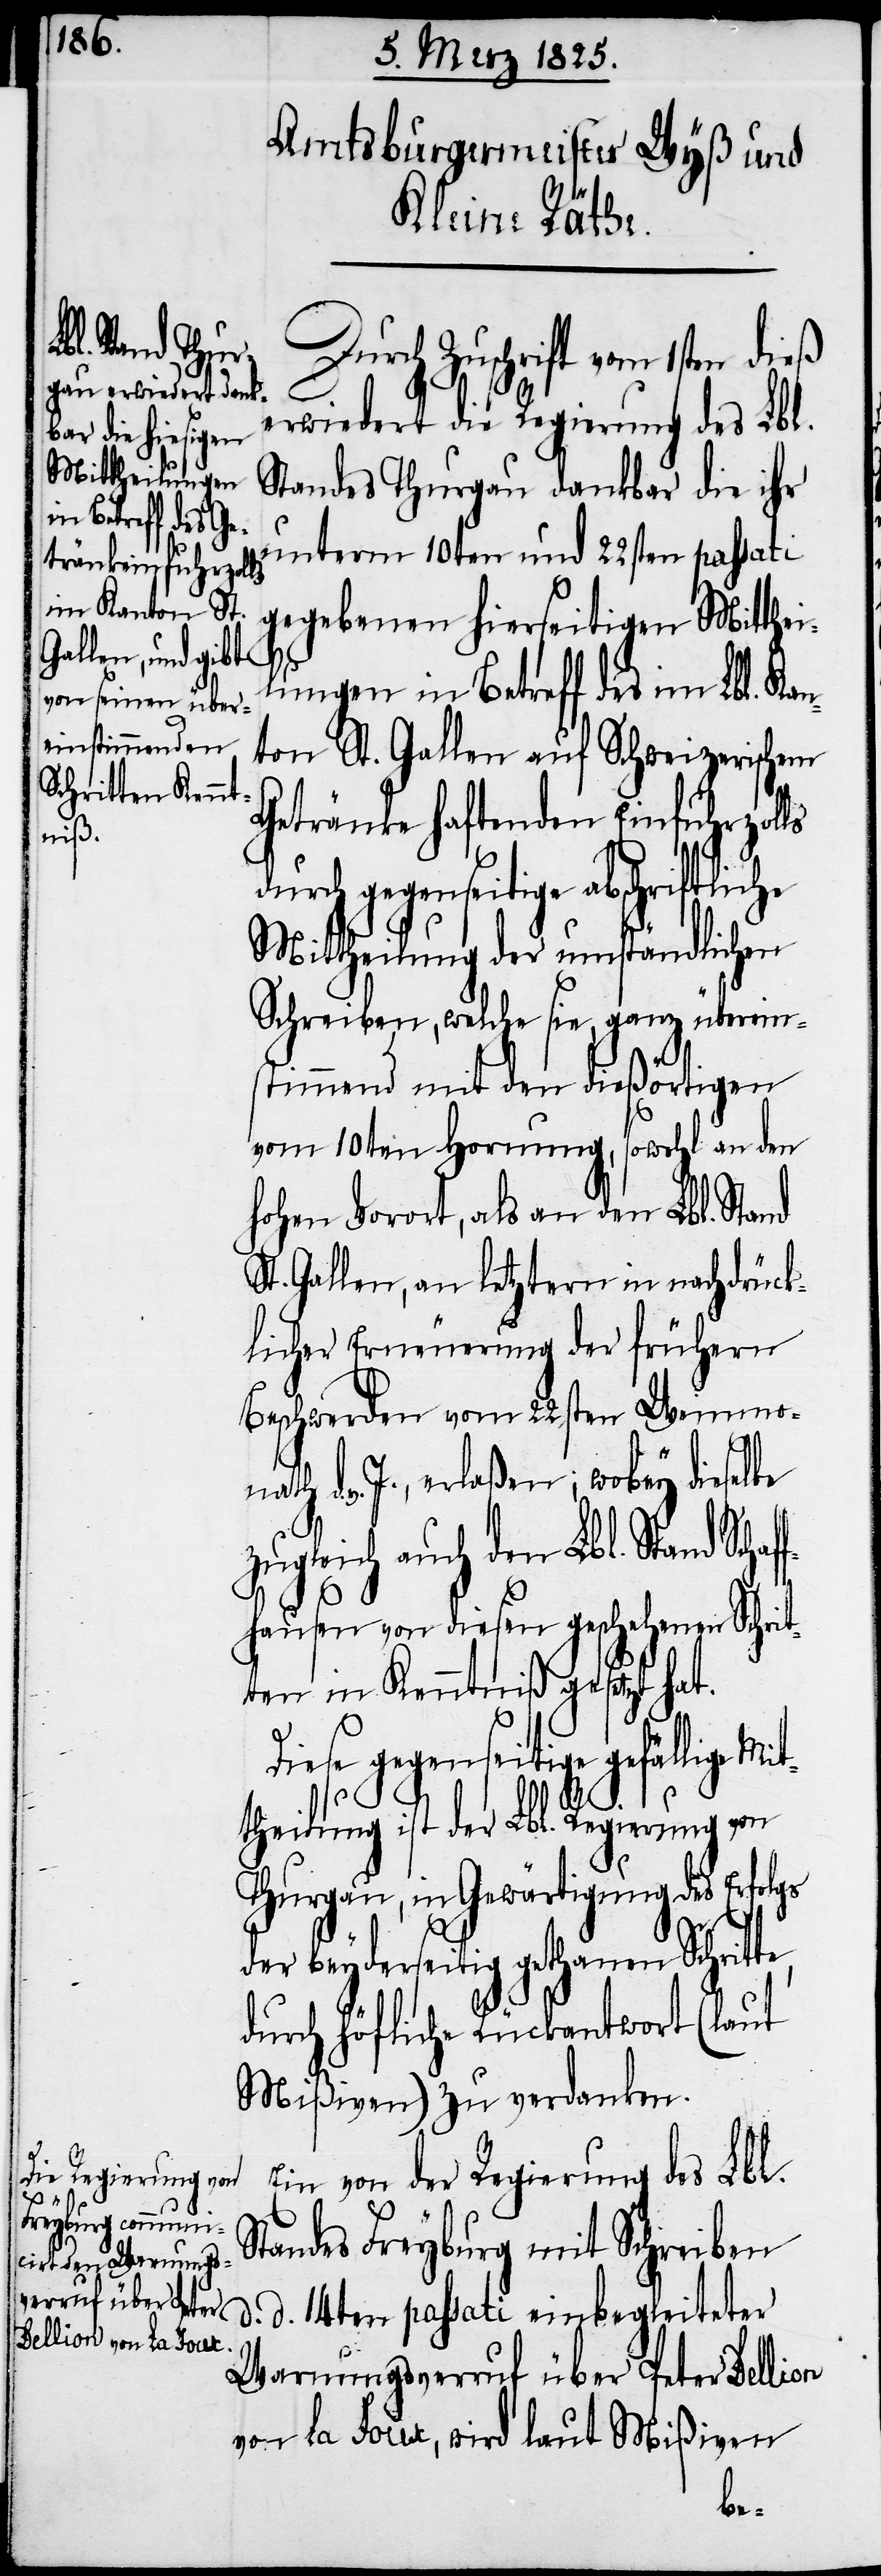
Durch Zuschrift vom 1sten dieß
erwiedert die Regierung des Lbl.
Standes Thurgau dankbar die ihr
unterm 10ten und 22sten passati
gegebenen hierseitigen Mitthei¬
lungen in Betreff des im Lbl. Kan¬
ton St. Gallen auf Schweizerischem
Getränke haftenden Einfuhrzolls
durch gegenseitige abschriftliche
Mittheilung der umständlichen
Schreiben, welche sie, ganz überein¬
stimmend mit den dießörtigen
vom 10ten Hornung, sowohl an den
hohen Vorort, als an den Lbl. Stand
St. Gallen, an letztern in nachdrück¬
licher Erneuerung der frühern
Beschwerden vom 22sten Weinmona¬
v. J., erlaßen; wobey dieselbe
zugleich auch den Lbl. Stand Scha¬
hausen von diesen geschehenen Schrit¬
ten in Kenntniß gesetzt hat.
Diese gegenseitige gefällige
S¬
theilung ist der Lbl. Regierung von
Thurgau, in Gewärtigung des Erfolgs
der beyderseitig gethanen Schrit¬
durch höfliche Rückantwort (laut
Mißiven) zu verdanken.
Ein von der Regierung des Lbl.
tandes Freyburg mit Schreiben
d. d. 14ten passati einbegleiteter
Warnungsverruf über Peter Dellion
von La Joux, wird laut Mißiven